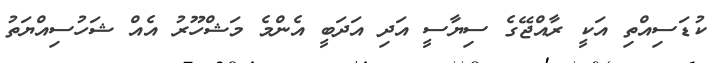
ކުޑަސިއްތި އަކީ ރާއްޖޭގެ ސިޔާސީ އަދި އަދަބީ އެންމެ މަޝްހޫރު އެއް ޝަހުސިއްޔަތު